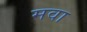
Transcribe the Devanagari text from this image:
मवा